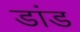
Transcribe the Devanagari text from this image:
डांड